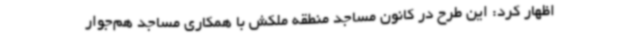
اظهار کرد: این طرح در کانون مساجد منطقه ملکش با همکاری مساجد هم‌جوار